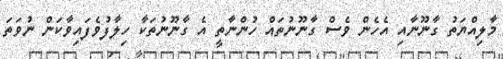
މާލިއްޔަތު ގާނޫނާއި އެހެން ވެސް ގާނޫނުތައް ހުންނާތީ އެ ގާނޫނުތަކާ ހިލާފުވެފައިވާކަން ނުވަތަ